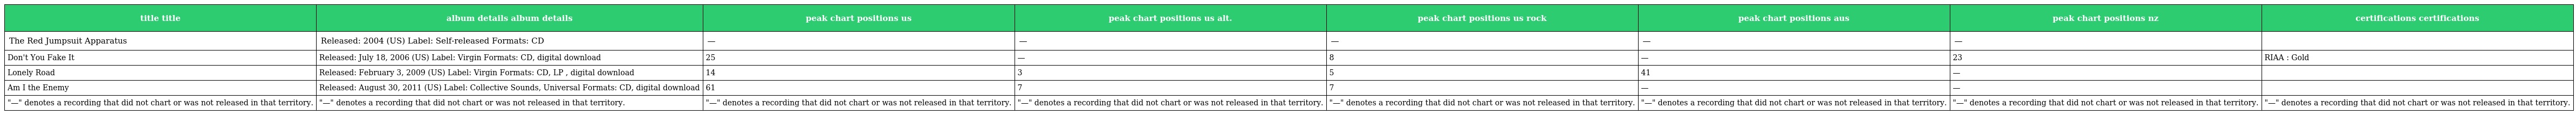
| title title | album details album details | peak chart positions us | peak chart positions us alt. | peak chart positions us rock | peak chart positions aus | peak chart positions nz | certifications certifications |
 | --- | --- | --- | --- | --- | --- | --- | --- |
 | The Red Jumpsuit Apparatus | Released: 2004 (US) Label: Self-released Formats: CD | — | — | — | — | — |  |
 | Don't You Fake It | Released: July 18, 2006 (US) Label: Virgin Formats: CD, digital download | 25 | — | 8 | — | 23 | RIAA : Gold |
 | Lonely Road | Released: February 3, 2009 (US) Label: Virgin Formats: CD, LP , digital download | 14 | 3 | 5 | 41 | — |  |
 | Am I the Enemy | Released: August 30, 2011 (US) Label: Collective Sounds, Universal Formats: CD, digital download | 61 | 7 | 7 | — | — |  |
 | "—" denotes a recording that did not chart or was not released in that territory. | "—" denotes a recording that did not chart or was not released in that territory. | "—" denotes a recording that did not chart or was not released in that territory. | "—" denotes a recording that did not chart or was not released in that territory. | "—" denotes a recording that did not chart or was not released in that territory. | "—" denotes a recording that did not chart or was not released in that territory. | "—" denotes a recording that did not chart or was not released in that territory. | "—" denotes a recording that did not chart or was not released in that territory. |